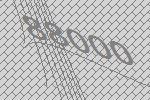
88000